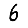
Digit: 6